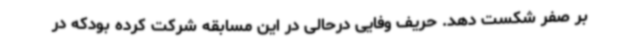
بر صفر شکست دهد. حریف وفایی درحالی در این مسابقه شرکت کرده بودکه در